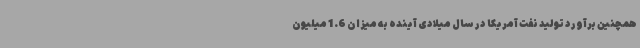
همچنین برآورد تولید نفت آمریکا در سال میلادی آینده به میزان 1.6 میلیون